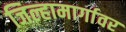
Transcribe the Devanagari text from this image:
जिल्हामार्गावर